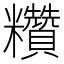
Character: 𥽷